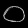
Digit: ၀